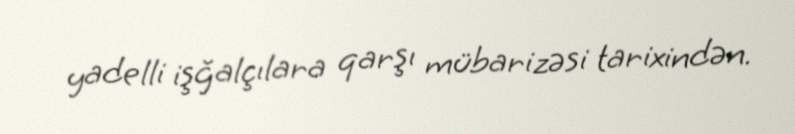
yadelli işğalçılara qarşı mübarizəsi tarixindən.